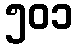
၅၀၁